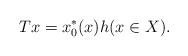
LaTeX: \begin{align*}Tx=x_0^*(x)h (x \in X).\end{align*}